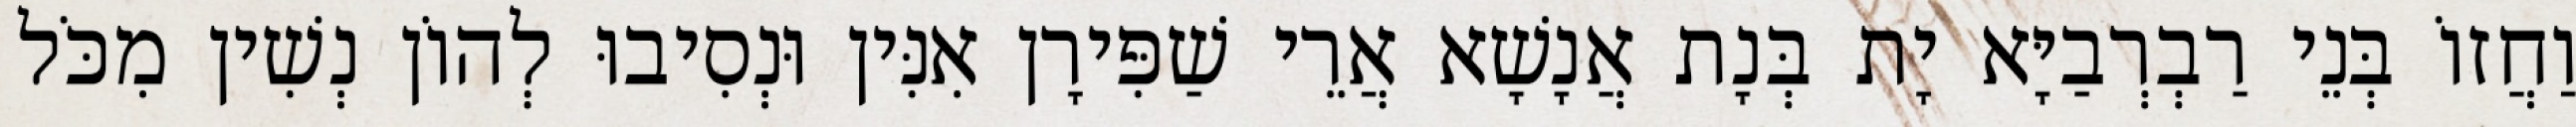
וַחֲזוֹ בְּנֵי רַבְרְבַיָּא יָת בְּנָת אֲנָשָׁא אֲרֵי שַׁפִּירָן אִנִּין וּנְסִיבוּ לְהוֹן נְשִׁין מִכֹּל